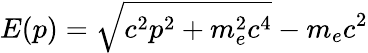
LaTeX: E(p)=\sqrt{c^{2}p^{2}+m_{e}^{2}c^{4}}-m_{e}c^{2}